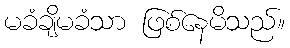
မခံချိမခံသာ ဖြစ်နေမိသည်။